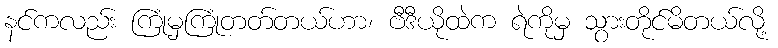
နင်ကလည်း ကြုံမှကြုံတတ်တယ်ဟာ၊ ဗီဒီယိုထဲက ရဲကိုမှ သွားတိုင်မိတယ်လို့